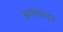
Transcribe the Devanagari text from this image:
अमलातून